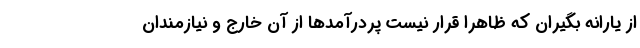
از یارانه بگیران که ظاهرا قرار نیست پردرآمدها از آن خارج و نیازمندان